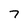
Character: 7